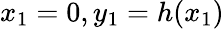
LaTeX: x_{1}=0,y_{1}=h(x_{1})